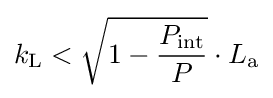
k_{\rm {L}}<{\sqrt {1-{\frac {P_{\rm {int}}}{P}}}}\cdot L_{\rm {a}}